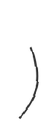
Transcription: عباس شہید ریلوے اسٹیشن)